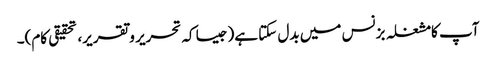
آپ کامشغلہ بزنس میں بدل سکتا ہے(جیسا کہ تحریر و تقریر، تحقیقی کام)۔